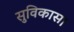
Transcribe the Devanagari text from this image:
सुविकास।